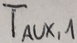
Text: TAUX,1